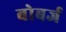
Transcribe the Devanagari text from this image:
बोबर्ज